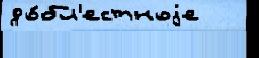
до́бл'естноjе